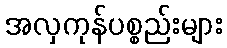
အလှကုန်ပစ္စည်းများ